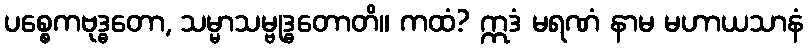
ပစ္စေကဗုဒ္ဓတော, သမ္မာသမ္ဗုဒ္ဓတောတိ။ ကထံ? ဣဒံ မရဏံ နာမ မဟာယသာနံ